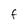
Character: F